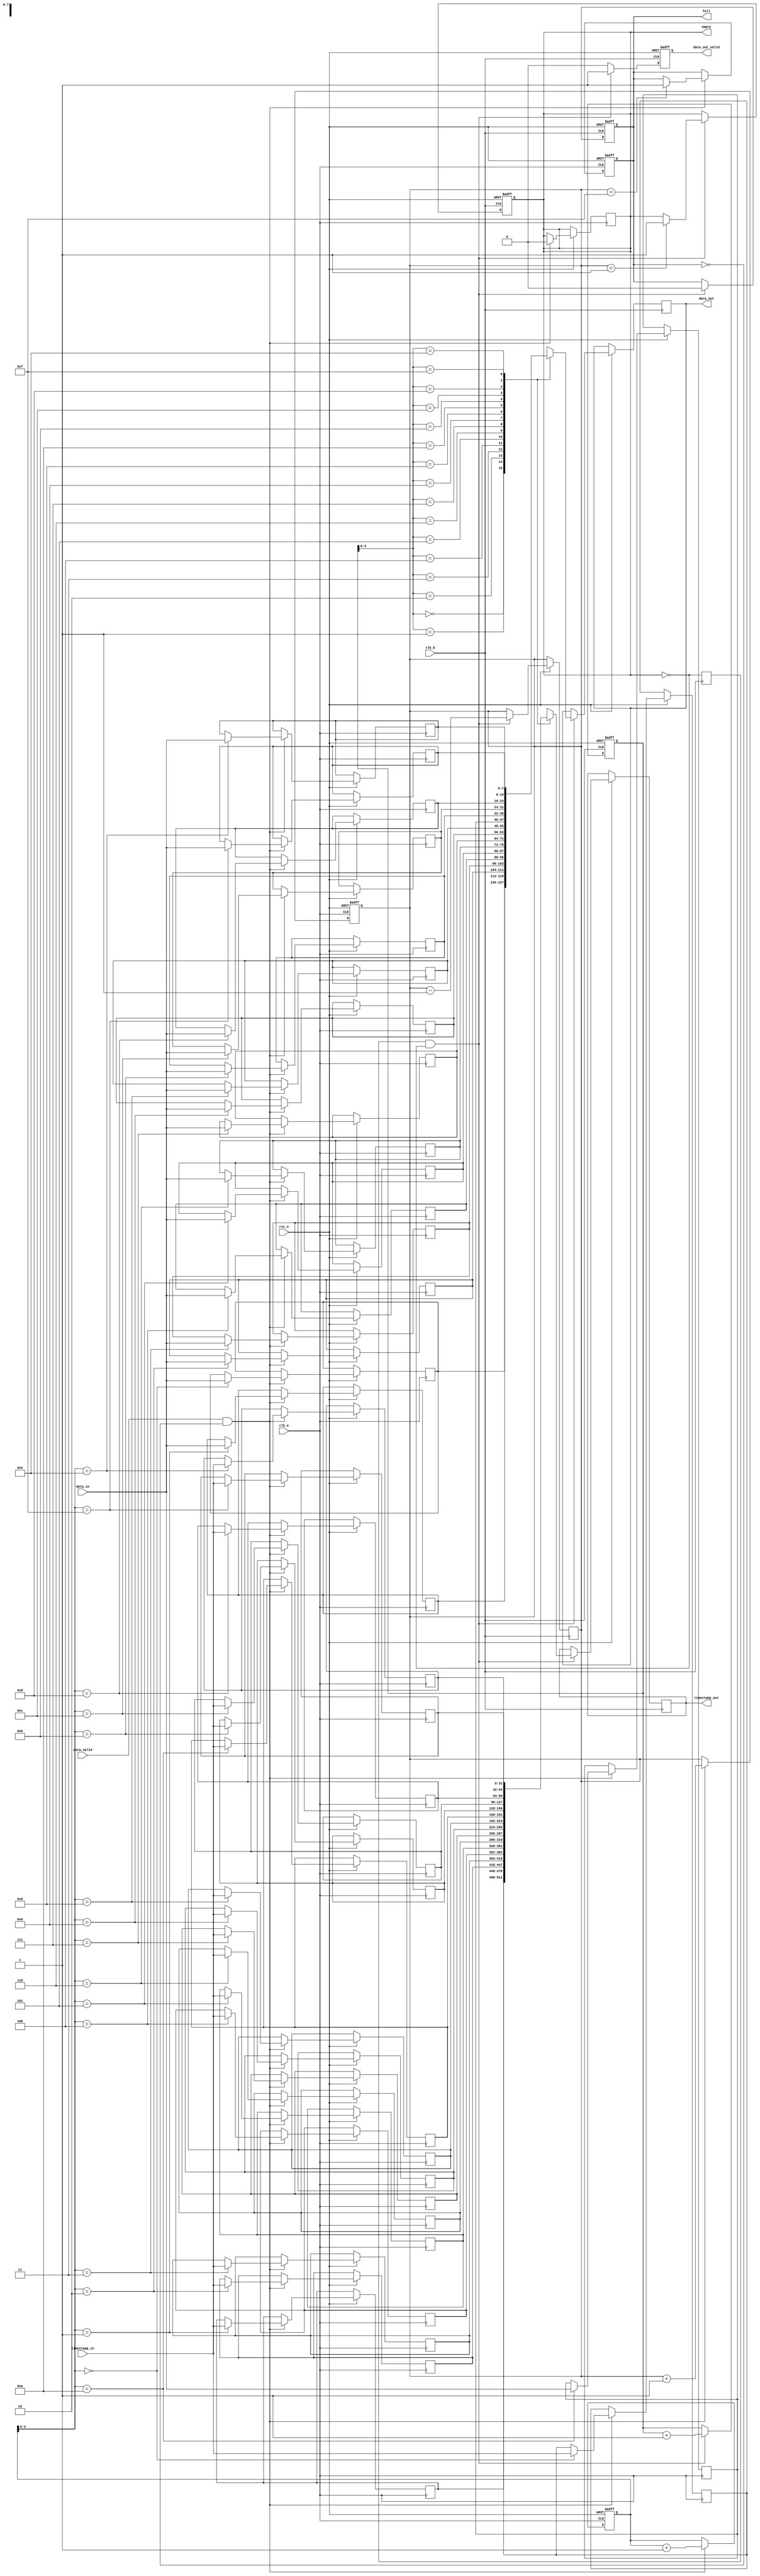
module timestamp_synchronizer #(
    parameter DATA_WIDTH = 8,
    parameter TIMESTAMP_WIDTH = 32,
    parameter FIFO_DEPTH = 16
)(
    input wire clk_a,                  // Clock Domain A
    input wire clk_b,                  // Clock Domain B
    input wire rst_n,                  // Asynchronous reset (active low)
    input wire [DATA_WIDTH-1:0] data_in,         // Data input from Clock Domain A
    input wire [TIMESTAMP_WIDTH-1:0] timestamp_in, // Timestamp input from Clock Domain A
    input wire data_valid,             // Data valid signal from Clock Domain A
    output reg [DATA_WIDTH-1:0] data_out,         // Synchronized Data output to Clock Domain B
    output reg [TIMESTAMP_WIDTH-1:0] timestamp_out, // Synchronized Timestamp output to Clock Domain B
    output reg data_out_valid,         // Data valid signal for output to Clock Domain B
    output reg full,                   // FIFO full flag
    output reg empty                   // FIFO empty flag
);

    // FIFO Buffer
    reg [DATA_WIDTH-1:0] fifo_data [0:FIFO_DEPTH-1];
    reg [TIMESTAMP_WIDTH-1:0] fifo_timestamp [0:FIFO_DEPTH-1];
    reg [$clog2(FIFO_DEPTH):0] write_ptr, read_ptr, count;

    // Handshaking signals
    reg req_a; // Request from Clock Domain A
    reg ack_b; // Acknowledge from Clock Domain B

    // Initialize the FIFO
    integer i;
    initial begin
        for (i = 0; i < FIFO_DEPTH; i = i + 1) begin
            fifo_data[i] = 0;
            fifo_timestamp[i] = 0;
        end
        write_ptr = 0;
        read_ptr = 0;
        count = 0;
        full = 0;
        empty = 1;
    end

    // FIFO write logic (Clock Domain A)
    always @(posedge clk_a or negedge rst_n) begin
        if (!rst_n) begin
            write_ptr <= 0;
            count <= 0;
            full <= 0;
        end else if (data_valid && !full) begin
            fifo_data[write_ptr] <= data_in;
            fifo_timestamp[write_ptr] <= timestamp_in;
            write_ptr <= write_ptr + 1;
            count <= count + 1;
            if (count == FIFO_DEPTH - 1) full <= 1;
            empty <= 0;
        end
    end

    // FIFO read logic (Clock Domain B)
    always @(posedge clk_b or negedge rst_n) begin
        if (!rst_n) begin
            read_ptr <= 0;
            data_out_valid <= 0;
            full <= 0;
            empty <= 1;
        end else if (ack_b && !empty) begin
            data_out <= fifo_data[read_ptr];
            timestamp_out <= fifo_timestamp[read_ptr];
            read_ptr <= read_ptr + 1;
            count <= count - 1;
            data_out_valid <= 1;
            if (count == 1) empty <= 1;
            full <= 0;
        end else begin
            data_out_valid <= 0;
        end
    end

    // Handshaking logic
    always @(posedge clk_a) begin
        req_a <= data_valid && !full;
    end

    always @(posedge clk_b) begin
        ack_b <= !empty;
    end

endmodule